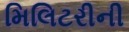
મિલિટરીની